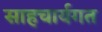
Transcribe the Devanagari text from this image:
साहचार्यगत